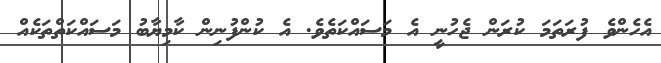
އެހެންވެ ފުރަތަމަ ކުރަން ޖެހުނީ އެ މަސައްކަތެވެ. އެ ކުންފުނިން ކާމިޔާބު މަސައްކަތްތަކެއް